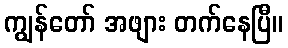
ကျွန်တော် အဖျား တက်နေပြီ။